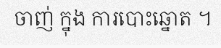
ចាញ់ ក្នុង ការបោះឆ្នោត ។